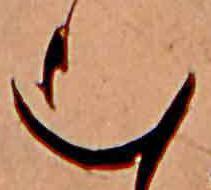
む